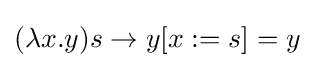
(\lambda x.y)s\to y[x:=s]=y